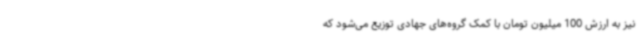
نیز به ارزش 100 میلیون تومان با کمک گروه‌های جهادی توزیع می‌شود که